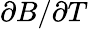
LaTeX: \partial B/\partial T